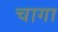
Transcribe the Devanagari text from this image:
चागा